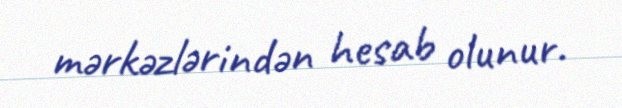
mərkəzlərindən hesab olunur.